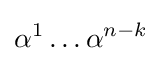
\alpha ^{1}\dots \alpha ^{n-k}